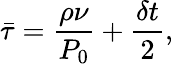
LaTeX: \bar{\tau}=\frac{\rho\nu}{P_{0}}+\frac{\delta t}{2},